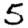
Digit: 5